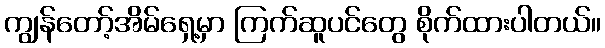
ကျွန်တော့်အိမ်ရှေ့မှာ ကြက်ဆူပင်တွေ စိုက်ထားပါတယ်။